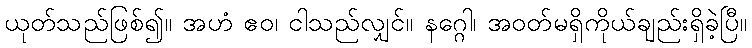
ယုတ်သည်ဖြစ်၍။ အဟံ ဧဝ၊ ငါသည်လျှင်။ နဂ္ဂေါ၊ အဝတ်မရှိကိုယ်ချည်းရှိခဲ့ပြီ။